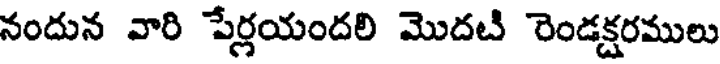
నందున వారి పేర్లయందలి మొదటి రెండక్షరములు